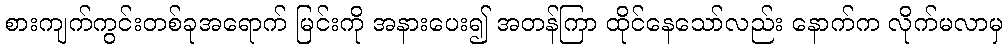
စားကျက်ကွင်းတစ်ခုအရောက် မြင်းကို အနားပေး၍ အတန်ကြာ ထိုင်နေသော်လည်း နောက်က လိုက်မလာမှ